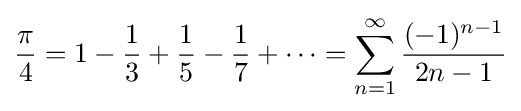
{\frac {\pi }{4}}=1-{\frac {1}{3}}+{\frac {1}{5}}-{\frac {1}{7}}+\cdots =\sum _{n=1}^{\infty }{\frac {(-1)^{n-1}}{2n-1}}